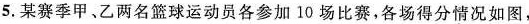
5.某赛季甲、乙两名篮球运动员各参加10场比赛，各场得分情况如图，